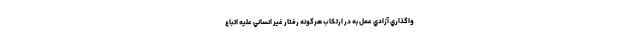
واگذاري آزادي عمل به در ارتكاب هرگونه رفتار غير انساني عليه اتباع